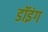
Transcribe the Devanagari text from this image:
डॉइंग